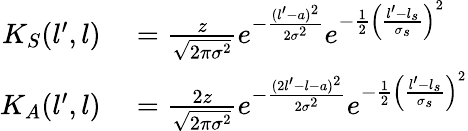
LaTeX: \begin{array}{rl}{K_{S}(l^{\prime},l)}&{{}=\frac{z}{\sqrt{2\pi\sigma^{2}}}e^{-\frac{(l^{\prime}-a)^{2}}{2\sigma^{2}}}e^{-\frac{1}{2}\left(\frac{l^{\prime}-l_{s}}{\sigma_{s}}\right)^{2}}}\\ {K_{A}(l^{\prime},l)}&{{}=\frac{2z}{\sqrt{2\pi\sigma^{2}}}e^{-\frac{(2l^{\prime}-l-a)^{2}}{2\sigma^{2}}}e^{-\frac{1}{2}\left(\frac{l^{\prime}-l_{s}}{\sigma_{s}}\right)^{2}}}\end{array}